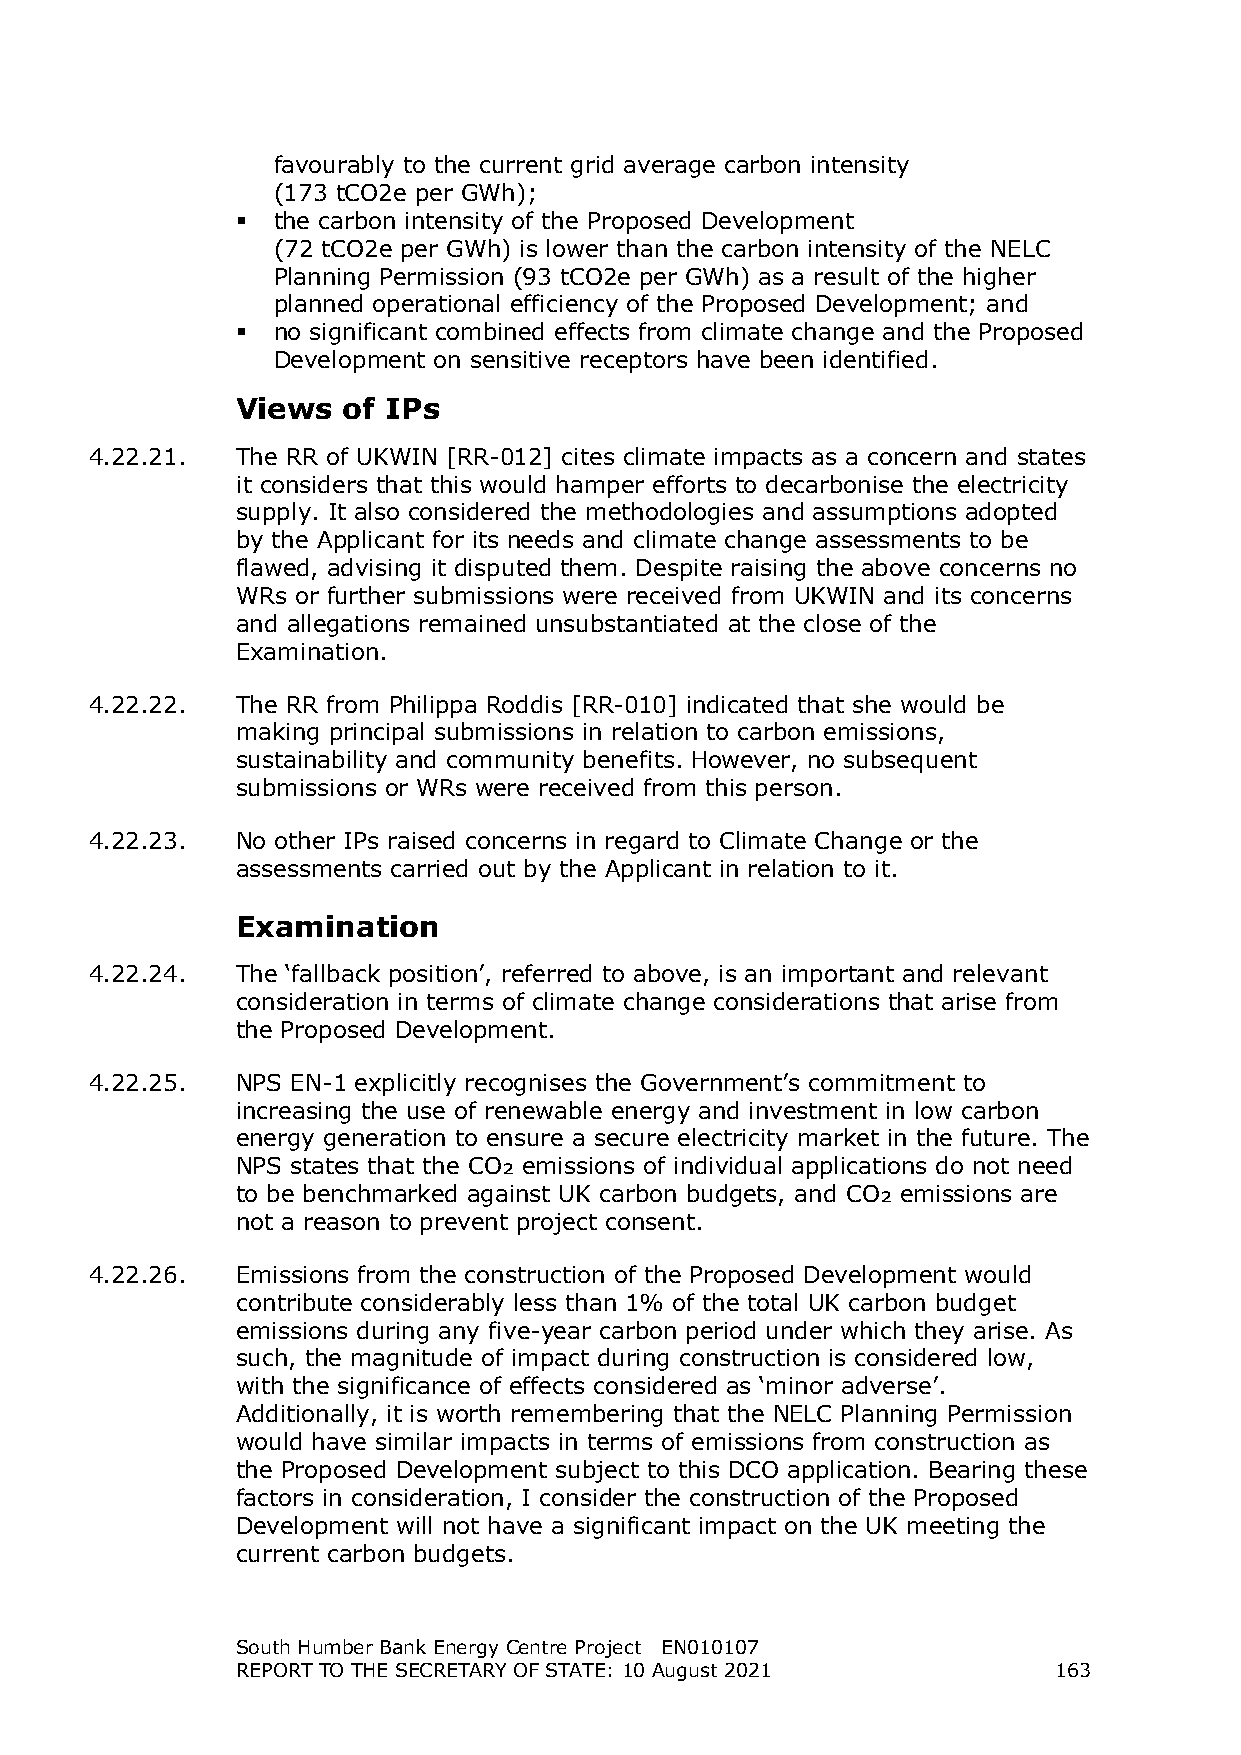
favourably to the current grid average carbon intensity
 (173 tCO2e per GWh);
  the carbon intensity of the Proposed Development
 (72 tCO2e per GWh) is lower than the carbon intensity of the NELC
 Planning Permission (93 tCO2e per GWh) as a result of the higher
 planned operational efficiency of the Proposed Development; and
  no significant combined effects from climate change and the Proposed
 Development on sensitive receptors have been identified.
 Views  of IPs
 4.22.21.  The RR of UKWIN [RR-012] cites climate impacts as a concern and states
 it considers that this would hamper efforts to decarbonise the electricity
 supply. It also considered the methodologies and assumptions adopted
 by the Applicant for its needs and climate change assessments to be
 flawed, advising it disputed them. Despite raising the above concerns no
 WRs or further submissions were received from UKWIN and its concerns
 and allegations remained unsubstantiated at the close of the
 Examination.
 4.22.22.  The RR from Philippa Roddis [RR-010] indicated that she would be
 making principal submissions in relation to carbon emissions,
 sustainability and community benefits. However, no subsequent
 submissions or WRs were received from this person.
 4.22.23.  No other IPs raised concerns in regard to Climate Change or the
 assessments carried out by the Applicant in relation to it.
 Examination
 4.22.24.  The ‘fallback position’, referred to above, is an important and relevant
 consideration in terms of climate change considerations that arise from
 the Proposed Development.
 4.22.25.  NPS EN-1 explicitly recognises the Government’s commitment to
 increasing the use of renewable energy and investment in low carbon
 energy generation to ensure a secure electricity market in the future. The
 NPS states that the CO₂ emissions of individual applications do not need
 to be benchmarked against UK carbon budgets, and CO₂ emissions are
 not a reason to prevent project consent.
 4.22.26.  Emissions from the construction of the Proposed Development would
 contribute considerably less than 1% of the total UK carbon budget
 emissions during any five-year carbon period under which they arise. As
 such, the magnitude of impact during construction is considered low,
 with the significance of effects considered as ‘minor adverse’.
 Additionally, it is worth remembering that the NELC Planning Permission
 would have similar impacts in terms of emissions from construction as
 the Proposed Development subject to this DCO application. Bearing these
 factors in consideration, I consider the construction of the Proposed
 Development will not have a significant impact on the UK meeting the
 current carbon budgets.
 South Humber Bank Energy Centre Project EN010107
 REPORT TO THE SECRETARY OF STATE: 10 August 2021      163